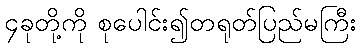
၄ခုတို့ကို စုပေါင်း၍တရုတ်ပြည်မကြီး